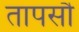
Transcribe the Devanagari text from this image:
तापसौ